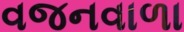
વજનવાળા